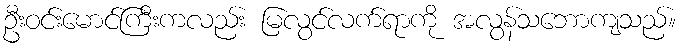
ဦးဝင်းမောင်ကြီးကလည်း မြလွင်လက်ရာကို အလွန်သဘောကျသည်။